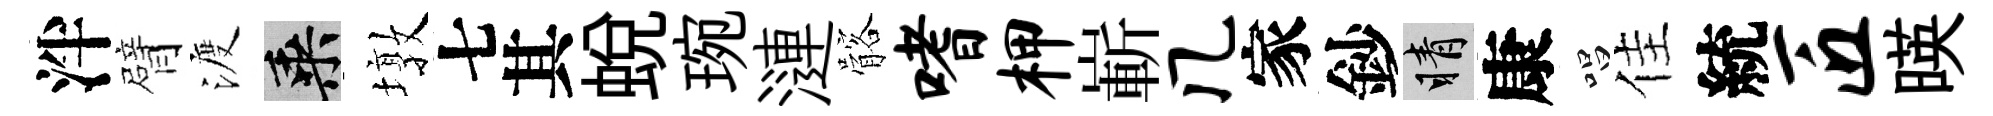
泮臂渡乘墩七其蜕琬漣髂嗜柙嶄几家鈔睛康唱佳統匠暎